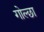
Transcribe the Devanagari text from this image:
गोल्छा